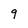
Character: 9